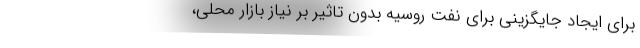
برای ایجاد جایگزینی برای نفت روسیه بدون تاثیر بر نیاز بازار محلی،